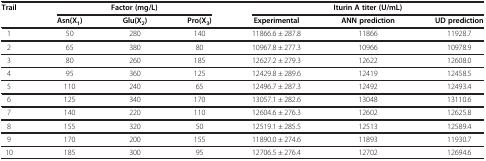
<table><thead><tr><td rowspan="2"><b>Trail</b></td><td colspan="3"><b>Factor (mg/L)</b></td><td colspan="3"><b>Iturin A titer (U/mL)</b></td></tr><tr><td><b>Asn(X<sub>1</sub>)</b></td><td><b>Glu(X<sub>2</sub>)</b></td><td><b>Pro(X<sub>3</sub>)</b></td><td><b>Experimental</b></td><td><b>ANN prediction</b></td><td><b>UD prediction</b></td></tr></thead><tbody><tr><td>1</td><td>50</td><td>280</td><td>140</td><td>11866.6 ± 287.8</td><td>11866</td><td>11928.7</td></tr><tr><td>2</td><td>65</td><td>380</td><td>80</td><td>10967.8 ± 277.3</td><td>10966</td><td>10978.9</td></tr><tr><td>3</td><td>80</td><td>260</td><td>185</td><td>12627.2 ± 279.3</td><td>12622</td><td>12608.0</td></tr><tr><td>4</td><td>95</td><td>360</td><td>125</td><td>12429.8 ± 289.6</td><td>12419</td><td>12458.5</td></tr><tr><td>5</td><td>110</td><td>240</td><td>65</td><td>12496.7 ± 287.3</td><td>12492</td><td>12493.4</td></tr><tr><td>6</td><td>125</td><td>340</td><td>170</td><td>13057.1 ± 282.6</td><td>13048</td><td>13110.6</td></tr><tr><td>7</td><td>140</td><td>220</td><td>110</td><td>12604.6 ± 276.3</td><td>12602</td><td>12625.8</td></tr><tr><td>8</td><td>155</td><td>320</td><td>50</td><td>12519.1 ± 285.5</td><td>12513</td><td>12589.4</td></tr><tr><td>9</td><td>170</td><td>200</td><td>155</td><td>11890.0 ± 274.6</td><td>11893</td><td>11930.7</td></tr><tr><td>10</td><td>185</td><td>300</td><td>95</td><td>12706.5 ± 276.4</td><td>12702</td><td>12694.6</td></tr></tbody></table>